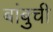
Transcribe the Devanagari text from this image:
बांबुची